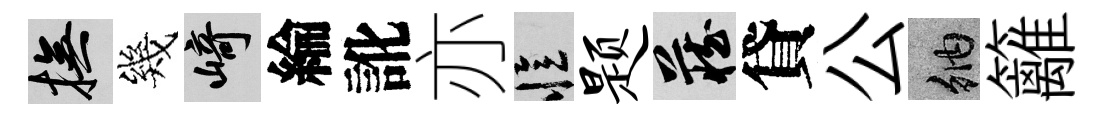
撫幾崎綸訛亦忆题藏貸公納籬